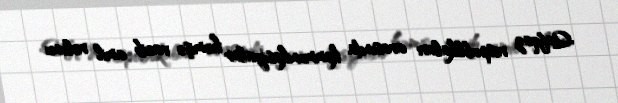
Qafqaz respublikaları arasında kommunikasiyalar həmişə vacib amil rolunu